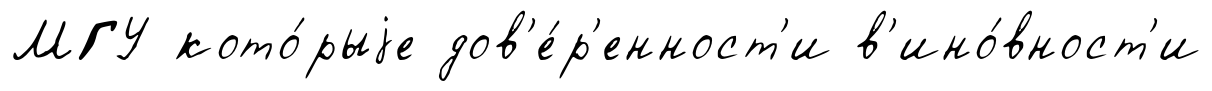
МГУ кото́рыjе дов'е́р'енност'и в'ино́вност'и